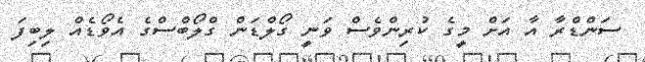
ސަންޑްރާ އާ އަށް މީގެ ކުރިންވެސް ވަނީ ގޯލްޑަން ގްލޯބްސްގެ އެވޯޑެއް ލިބިފަ